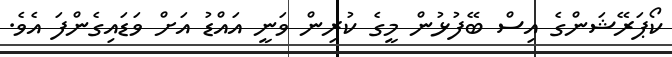
ކޯޕަރޭޝަންގެ އިސް ބޭފުޅުން މީގެ ކުރިން ވަނީ އައްޑު އަށް ވަޑައިގެންފަ އެވެ.